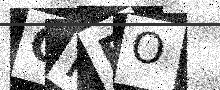
Text: QPRO